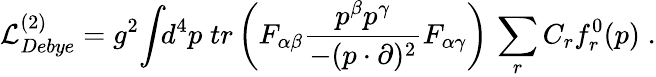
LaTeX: {\cal L}_{Debye}^{(2)}=g^{2}\! \int\! \! d^{4}p\; tr\left(F_{\alpha\beta}\frac{p^{\beta}p^{\gamma}}{-(p\cdot\partial)^{2}}F_{\alpha\gamma}\right)\, \sum_{r}C_{r}f_{r}^{0}(p)\; .